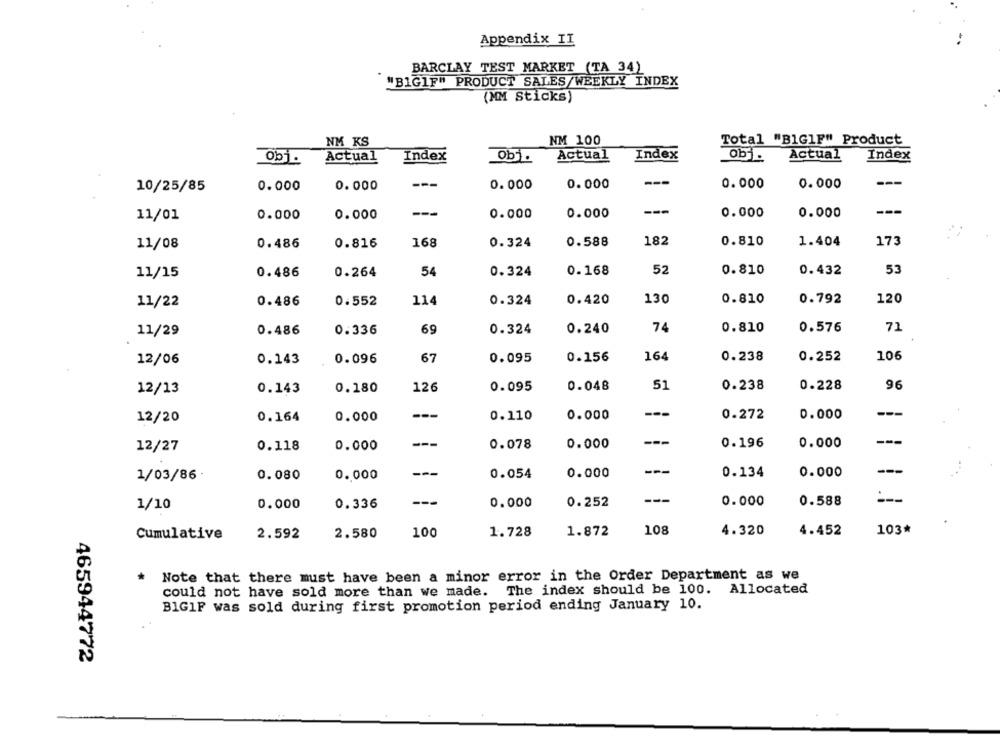
Appendix II
BARCLAY TEST MARKET (TA 34)
"B1GIF" PRODUCT SALES/WEEKLY INDEX
(MM Sticks)
NM KS
NM 100
Total "BIGIF" Product
Actual
Index
obj.
Actual
Index
Actual
Index
Obj.
10/25/85
0.000
0.000
0.000
0.000
---
0.000
0.000
---
---
---
11/01
0.000
0.000
---
0.000
0.000
0.000
0.000
11/08
0.486
0.816
168
0.324
0.588
182
0.810
1.404
173
0.168
52
0.432
53
11/15
0.486
0.264
54
0.324
0.810
0.324
0.420
130
0.810
0.792
120
11/22
0.486
0.552
114
0.486
0.336
69
0.324
0.240
74
0.810
0.576
71
11/29
12/06
0.143
0.096
67
0.095
0.156
164
0.238
0.252
106
12/13
0.143
0.180
126
0.095
0.048
51
0.238
0.228
96
---
12/20
0.164
0.000
0.110
0.000
0.272
0.000
---
0.196
---
12/27
0.118
0.000
---
0.078
0.000
0.000
---
0.134
0.000
1/03/86
0.080
0.000
0.054
0.000
0.252
--
0.000
0.588
:-
1/10
0.000
0.336
0.000
2.580
100
1.728
1.872
108
4.320
4.452
103*
Cumulative
2.592
Note that there must have been a minor error in the Order Department as we
could not have sold more than we made. The index should be 100. Allocated
BIG1F was sold during first promotion period ending January 10.
465944772